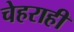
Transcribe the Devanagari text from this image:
चेहराही